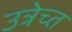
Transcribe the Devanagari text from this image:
उत्रेच्त